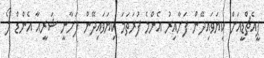
ޕީއެޗްޑީއަށް ކިޔަވައިދޭން ފަށާއިރު އެންމެ ފުރަތަމަ ކިޔަވައިދޭން ފަށާނީ ޝަރީއާ އެންޑް ލޯ